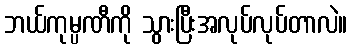
ဘယ်ကုမ္ပဏီကို သွားပြီးအလုပ်လုပ်တာလဲ။